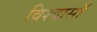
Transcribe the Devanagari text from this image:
विश्वासॉ